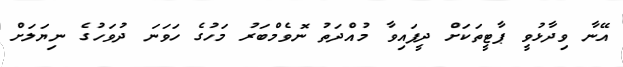
އޭނާ ވިދާޅުވީ ޕާޓީތަކަށް ދީފައިވާ މުއްދަތު ނޮވެމްބަރު މަހުގެ ހަވަނަ ދުވަހުގެ ނިޔަލަށް